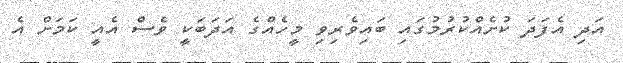
އަދި އެފަދަ ކުށެއްކުރުމުގައި ބައިވެރިވި މީހެއްގެ އަދަބަކީ ވެސް އެއީ ކަމަށް އެ